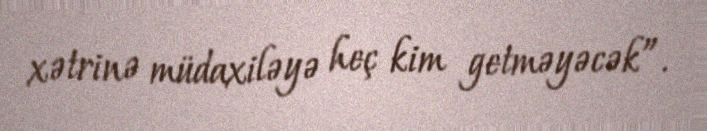
xətrinə müdaxiləyə heç kim getməyəcək”.